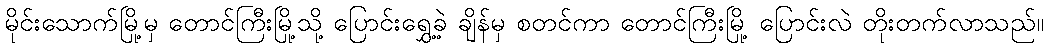
မိုင်းသောက်မြို့မှ တောင်ကြီးမြို့သို့ ပြောင်းရွှေ့ခဲ့ ချိန်မှ စတင်ကာ တောင်ကြီးမြို့ ပြောင်းလဲ တိုးတက်လာသည်။